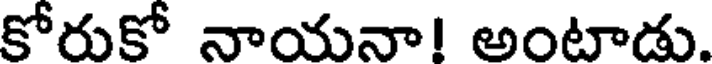
కోరుకో నాయనా! అంటాడు.